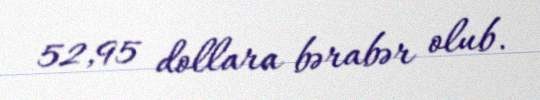
52,95 dollara bərabər olub.